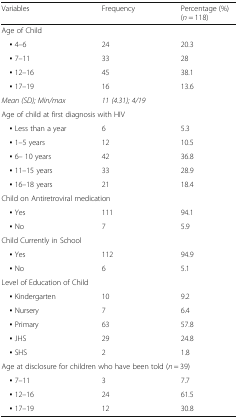
| Variables | Frequency | Percentage (%) (n = 118) |
 | --- | --- | --- |
 | <COLSPAN=3> Age of Child |
 | ▪ 4–6 | 24 | 20.3 |
 | ▪ 7–11 | 33 | 28 |
 | ▪ 12–16 | 45 | 38.1 |
 | ▪ 17–19 | 16 | 13.6 |
 | Mean (SD); Min/max | 11 (4.31); 4/19 |  |
 | <COLSPAN=3> Age of child at first diagnosis with HIV |
 | ▪ Less than a year | 6 | 5.3 |
 | ▪ 1–5 years | 12 | 10.5 |
 | ▪ 6– 10 years | 42 | 36.8 |
 | ▪ 11–15 years | 33 | 28.9 |
 | ▪ 16–18 years | 21 | 18.4 |
 | <COLSPAN=3> Child on Antiretroviral medication |
 | ▪ Yes | 111 | 94.1 |
 | ▪ No | 7 | 5.9 |
 | <COLSPAN=3> Child Currently in School |
 | ▪ Yes | 112 | 94.9 |
 | ▪ No | 6 | 5.1 |
 | <COLSPAN=3> Level of Education of Child |
 | ▪ Kindergarten | 10 | 9.2 |
 | ▪ Nursery | 7 | 6.4 |
 | ▪ Primary | 63 | 57.8 |
 | ▪ JHS | 29 | 24.8 |
 | ▪ SHS | 2 | 1.8 |
 | <COLSPAN=3> Age at disclosure for children who have been told (n = 39) |
 | ▪ 7–11 | 3 | 7.7 |
 | ▪ 12–16 | 24 | 61.5 |
 | ▪ 17–19 | 12 | 30.8 |